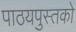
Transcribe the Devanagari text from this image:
पाठयपुस्तको